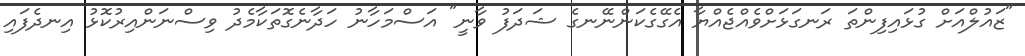
"ޒައުލްއަށް ގުޅައިފިންތަ ރަނގަޅަށްވެއްޖެއްޔާ އެގޭގެކަންނޭނގެ ޝަދަފު ވާނީ" އަސްމަހާނު ހަދާނެގޮތަކާމެދު ވިސްނަންއިރުކޮޅު އިނދެފައި